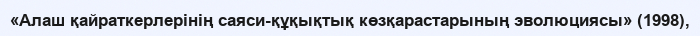
«Алаш қайраткерлерінің саяси-құқықтық көзқарастарының эволюциясы» (1998),